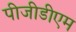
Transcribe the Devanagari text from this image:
पीजीडीएम